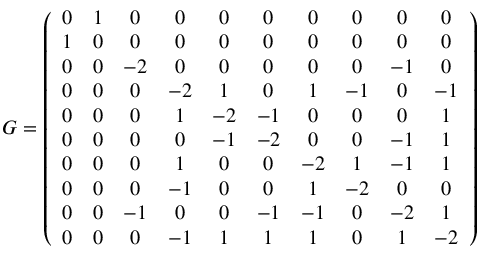
G = \left( \begin{array} { c c c c c c c c c c } { 0 } & { 1 } & { 0 } & { 0 } & { 0 } & { 0 } & { 0 } & { 0 } & { 0 } & { 0 } \\ { 1 } & { 0 } & { 0 } & { 0 } & { 0 } & { 0 } & { 0 } & { 0 } & { 0 } & { 0 } \\ { 0 } & { 0 } & { - 2 } & { 0 } & { 0 } & { 0 } & { 0 } & { 0 } & { - 1 } & { 0 } \\ { 0 } & { 0 } & { 0 } & { - 2 } & { 1 } & { 0 } & { 1 } & { - 1 } & { 0 } & { - 1 } \\ { 0 } & { 0 } & { 0 } & { 1 } & { - 2 } & { - 1 } & { 0 } & { 0 } & { 0 } & { 1 } \\ { 0 } & { 0 } & { 0 } & { 0 } & { - 1 } & { - 2 } & { 0 } & { 0 } & { - 1 } & { 1 } \\ { 0 } & { 0 } & { 0 } & { 1 } & { 0 } & { 0 } & { - 2 } & { 1 } & { - 1 } & { 1 } \\ { 0 } & { 0 } & { 0 } & { - 1 } & { 0 } & { 0 } & { 1 } & { - 2 } & { 0 } & { 0 } \\ { 0 } & { 0 } & { - 1 } & { 0 } & { 0 } & { - 1 } & { - 1 } & { 0 } & { - 2 } & { 1 } \\ { 0 } & { 0 } & { 0 } & { - 1 } & { 1 } & { 1 } & { 1 } & { 0 } & { 1 } & { - 2 } \end{array} \right)